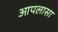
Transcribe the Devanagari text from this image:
आपलासा